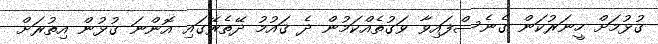
ގުޅުމަށް ހީނަރުކަން ގެނެސްފައިވާ ވަގުތެއްކަމުން ދެ ޤައުމު ދޭތެރޭގައި އޮންނަ ގުޅުން އިތުރަށް